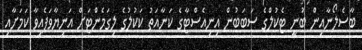
ބާސެލޯނާއިން ބުނީ ޓެކުލްގެ ސަބަބުން އިނިއެސްޓާގެ ކަނާއަތު ކަކުލުގެ ލިގަމެންޓަށް އަނިޔާވަފެއިވާ ކަމަށާއި